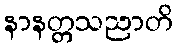
နာနတ္တသညာတိ